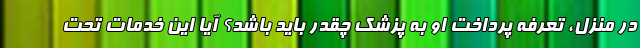
در منزل، تعرفه پرداخت او به پزشک چقدر باید باشد؟ آیا این خدمات تحت